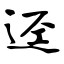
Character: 迳